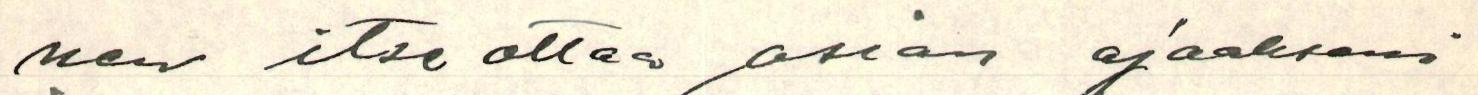
Voin itse ottaa asian ajaakseni